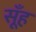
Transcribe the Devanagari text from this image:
सूँह